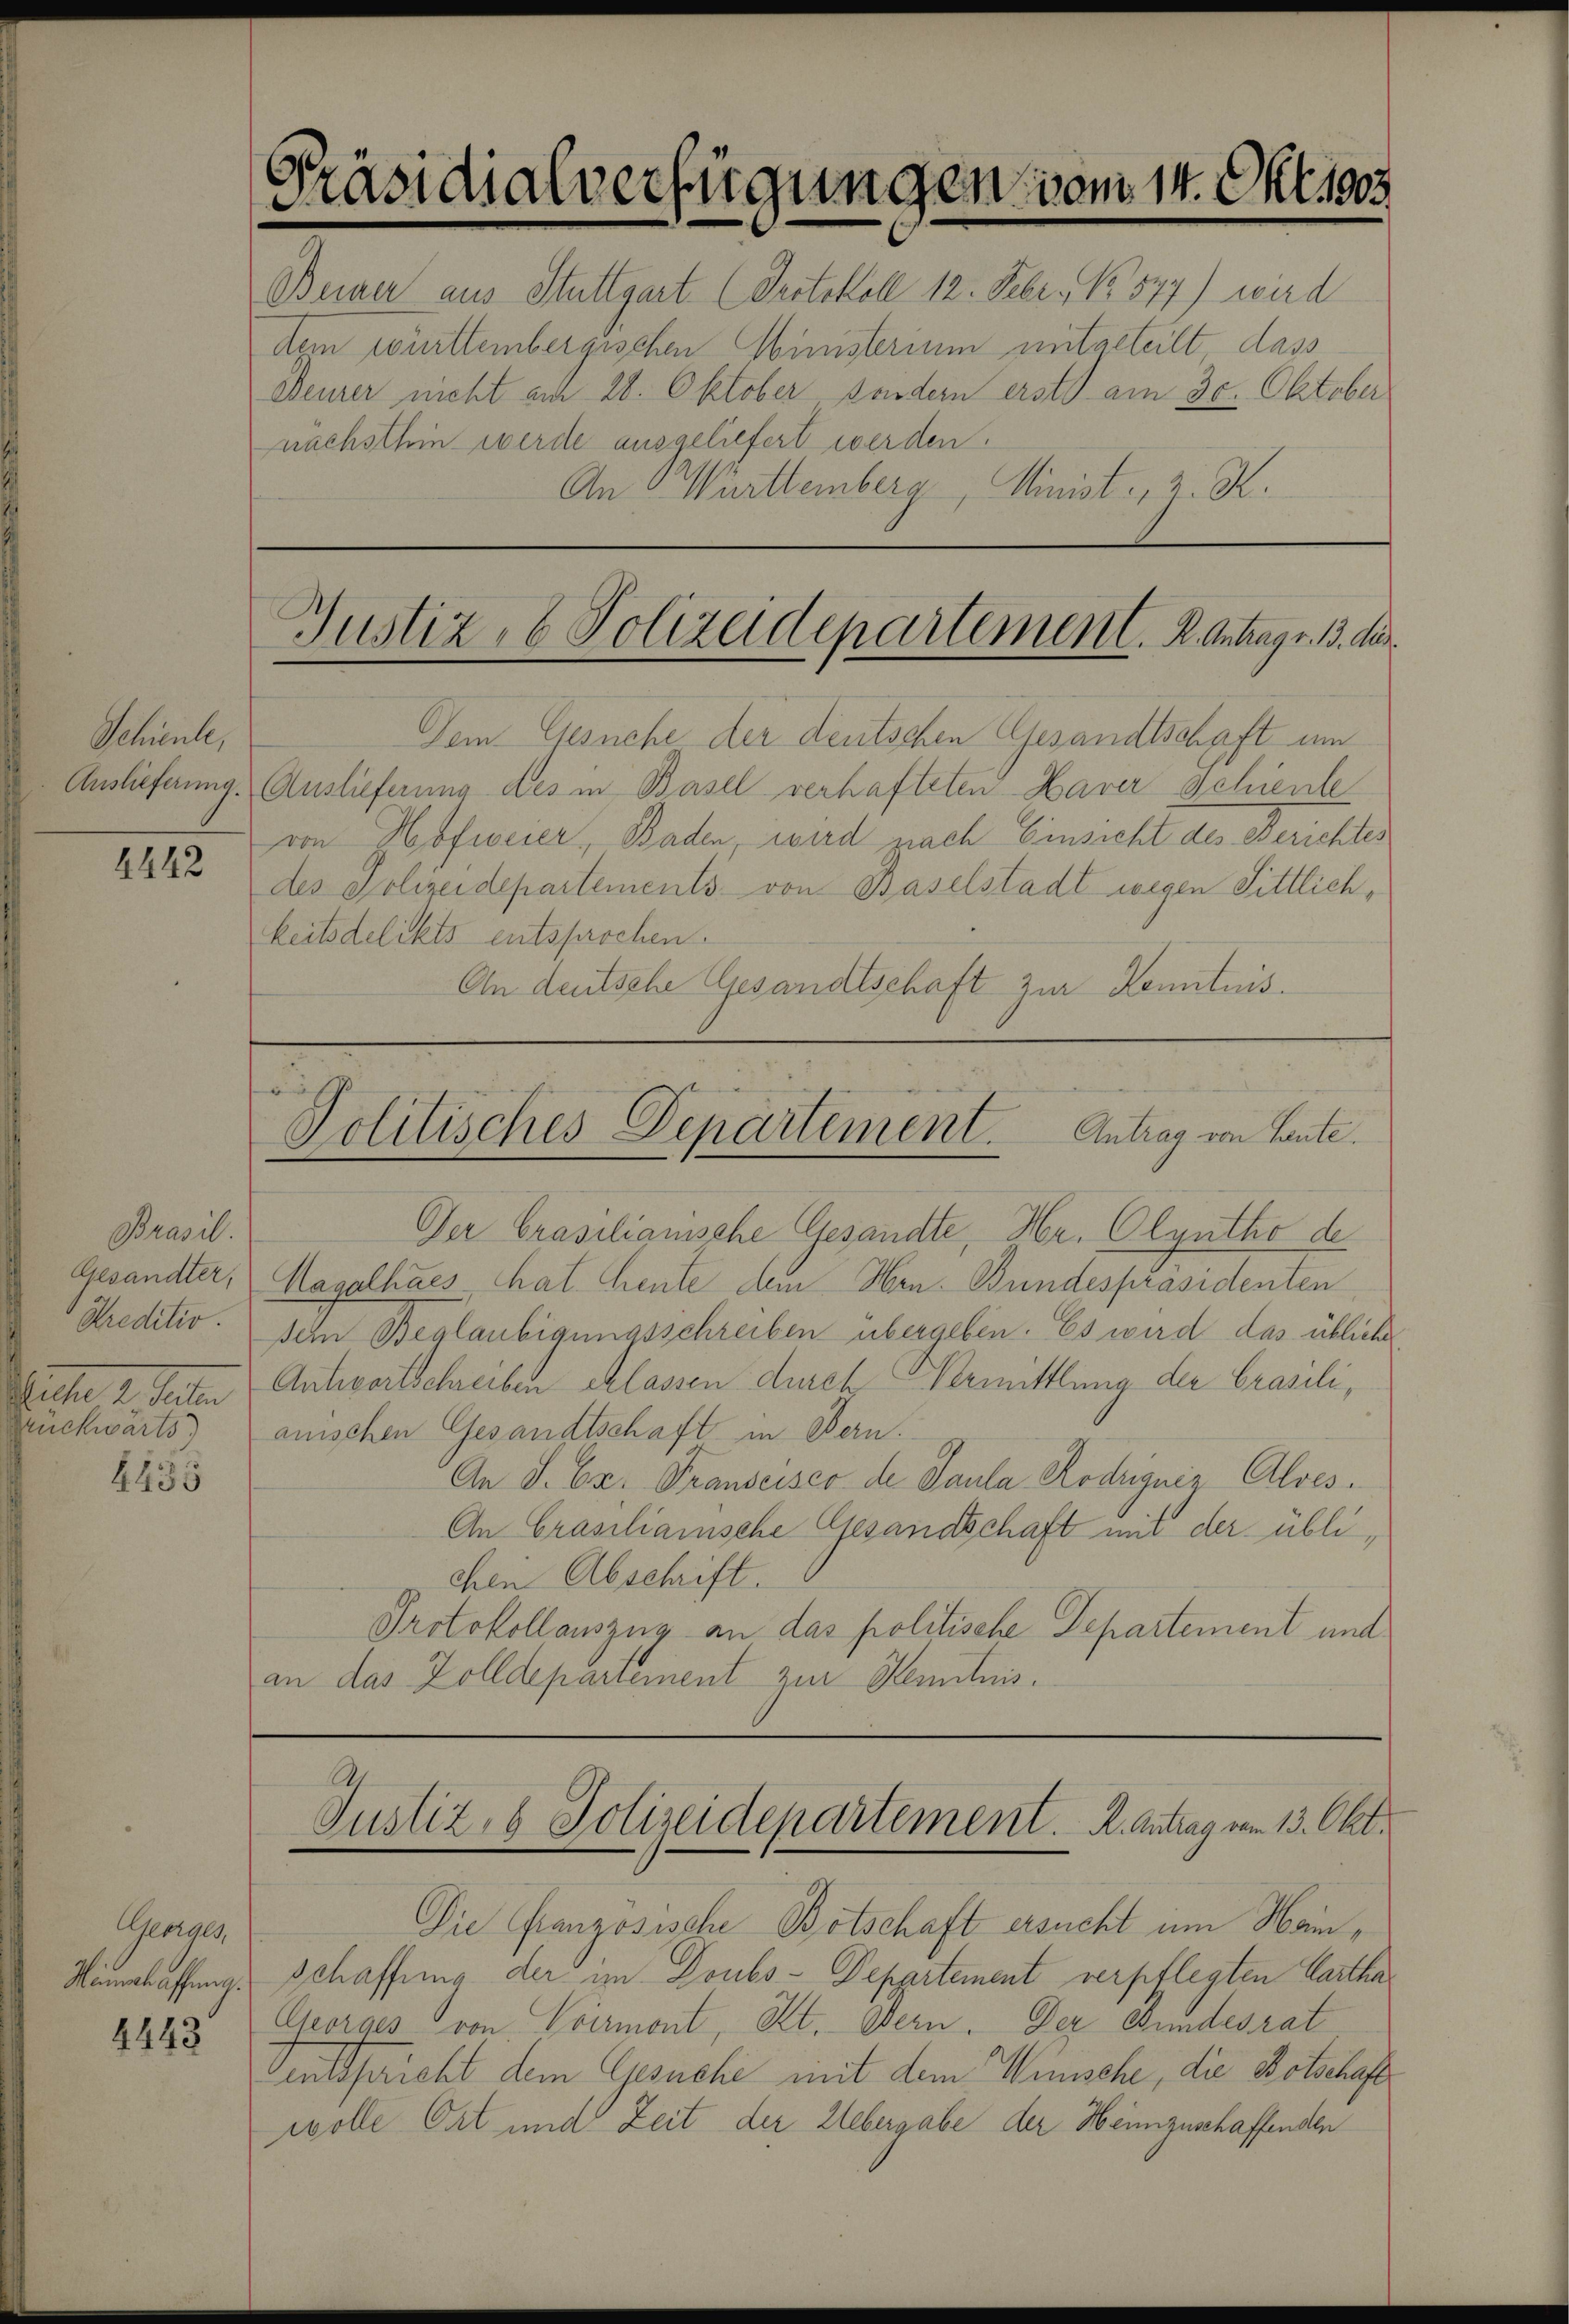
Schienle,
Auslieferung.

4442

Prasil.
Gesandter,
Kreditio
Seite 2. Seiten
Rückwärts

4435

Georgen,
Minnahaffung.
4443

Beiner aus Stuttgart (Protokoll 12. Febr. No 577) wird
Aen württembergischen Ministerium mitgeteilt, dass
Beurer nicht am 28. Oktober sondern erst am 30. Oktober
nachsthin werde ausgeliefert werden.
An Württemberg, Minist, 2. K.

Präsidialverfügungen vom 14. Okt 1808

Justiz- & Polizeidepartement. K. Antrag v. 13. der

Dem Gesuche der deutschen Gesandtschaft um
Auslieferung des in Basel verhafteten Haver Schiente
von Hofweier, Baden, wird prach Einsicht des Berichtes
des Polizeidepartements von Baselstadt wegen Sittlich¬

keitsdelikts entsprochen.
An deutsche Gesandtschaft zur Kenntnis.

Politisches Departement. Antrag von Laute.
Der Brasilianische Gesandte, Hr. Olyutho de

Hagalhaes That heute dem Hrn. Bundespräsidenten
sern Beglaubigungsschreiben übergeben. Es wird das übliche
Antwortschreiben classen durch Vermittlung der brasili,
anischen Gesandtschaft in Bern.
An S. Ex. Transeisco de Paula Roduguéz Aloes.
An Grasilianische Gesandschaft und der üblichen Abschrift.
Protokollauszug an das politische Departement und
an das Zolldepartement zur Kenntnis.

schaffung der in Doubs-Departement verpflegten Cartha¬
Chorges von Vermont, Kt. Bern. Der Bundesrat
Fentspricht dem Gesuche mit dem Wunsche, die Botschaftwolle Ort und Zeit der Uebergabe der Heimzuschaffenden

S.
Justiz, 8 Polizeidepartement. R. Antrag vom 13. Okt.
Die Französische Botschaft ersucht im Hom¬